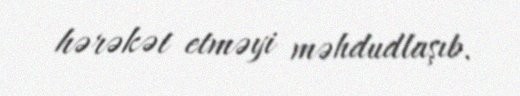
hərəkət etməyi məhdudlaşıb.